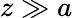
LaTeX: z\gg a